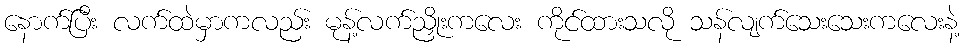
နောက်ပြီး လက်ထဲမှာကလည်း မုန့်လက်ညှိုးကလေး ကိုင်ထားသလို သန်လျက်သေးသေးကလေးနဲ့